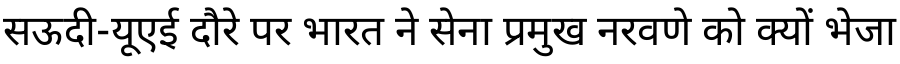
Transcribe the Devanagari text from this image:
सऊदी-यूएई दौरे पर भारत ने सेना प्रमुख नरवणे को क्यों भेजा